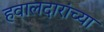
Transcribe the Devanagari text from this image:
हवालदारांच्या